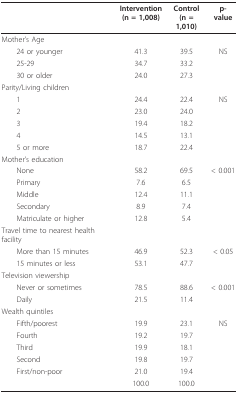
<table><thead><tr><td></td><td><b>Intervention(n = 1,008)</b></td><td><b>Control(n = 1,010)</b></td><td><b>p-value</b></td></tr></thead><tbody><tr><td>Mother&#x27;s Age</td><td></td><td></td><td></td></tr><tr><td> 24 or younger</td><td>41.3</td><td>39.5</td><td>NS</td></tr><tr><td> 25-29</td><td>34.7</td><td>33.2</td><td></td></tr><tr><td> 30 or older</td><td>24.0</td><td>27.3</td><td></td></tr><tr><td>Parity/Living children</td><td></td><td></td><td></td></tr><tr><td> 1</td><td>24.4</td><td>22.4</td><td>NS</td></tr><tr><td> 2</td><td>23.0</td><td>24.0</td><td></td></tr><tr><td> 3</td><td>19.4</td><td>18.2</td><td></td></tr><tr><td> 4</td><td>14.5</td><td>13.1</td><td></td></tr><tr><td> 5 or more</td><td>18.7</td><td>22.4</td><td></td></tr><tr><td>Mother&#x27;s education</td><td></td><td></td><td></td></tr><tr><td> None</td><td>58.2</td><td>69.5</td><td>&lt; 0.001</td></tr><tr><td> Primary</td><td>7.6</td><td>6.5</td><td></td></tr><tr><td> Middle</td><td>12.4</td><td>11.1</td><td></td></tr><tr><td> Secondary</td><td>8.9</td><td>7.4</td><td></td></tr><tr><td> Matriculate or higher</td><td>12.8</td><td>5.4</td><td></td></tr><tr><td>Travel time to nearest health facility</td><td></td><td></td><td></td></tr><tr><td> More than 15 minutes</td><td>46.9</td><td>52.3</td><td>&lt; 0.05</td></tr><tr><td> 15 minutes or less</td><td>53.1</td><td>47.7</td><td></td></tr><tr><td>Television viewership</td><td></td><td></td><td></td></tr><tr><td> Never or sometimes</td><td>78.5</td><td>88.6</td><td>&lt; 0.001</td></tr><tr><td> Daily</td><td>21.5</td><td>11.4</td><td></td></tr><tr><td>Wealth quintiles</td><td></td><td></td><td></td></tr><tr><td> Fifth/poorest</td><td>19.9</td><td>23.1</td><td>NS</td></tr><tr><td> Fourth</td><td>19.2</td><td>19.7</td><td></td></tr><tr><td> Third</td><td>19.9</td><td>18.1</td><td></td></tr><tr><td> Second</td><td>19.8</td><td>19.7</td><td></td></tr><tr><td> First/non-poor</td><td>21.0</td><td>19.4</td><td></td></tr><tr><td></td><td>100.0</td><td>100.0</td><td></td></tr></tbody></table>